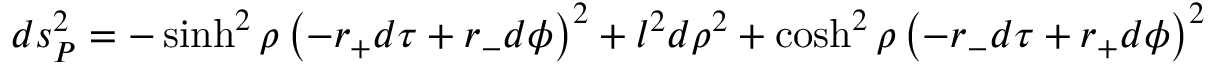
d s _ { P } ^ { 2 } = - \sinh ^ { 2 } \rho \left( - r _ { + } d \tau + r _ { - } d \phi \right) ^ { 2 } + l ^ { 2 } d \rho ^ { 2 } + \cosh ^ { 2 } \rho \left( - r _ { - } d \tau + r _ { + } d \phi \right) ^ { 2 }